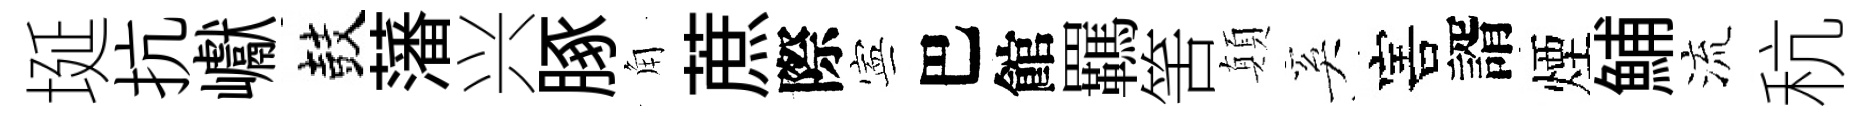
埏抗巘鼓藩兴䐁角蔗際寕巴館羈筈顛奚害諝煙鯆流秔